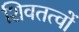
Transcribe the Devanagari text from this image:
शिवतत्वों